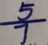
\frac { 5 } { 7 }